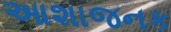
આશાજનક